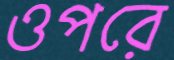
ওপরে